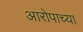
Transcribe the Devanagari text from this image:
आरोपाच्या